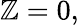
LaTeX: \mathbb{Z}=0,